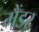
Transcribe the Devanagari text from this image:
मैंडर